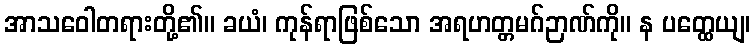
အာသဝေါတရားတို့၏။ ခယံ၊ ကုန်ရာဖြစ်သော အရဟတ္တမဂ်ဉာဏ်ကို။ န ပတ္ထေယျ၊